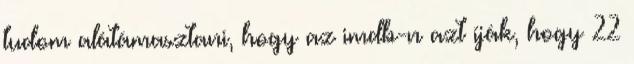
tudom alátámasztani, hogy az imdb-n azt íják, hogy 22